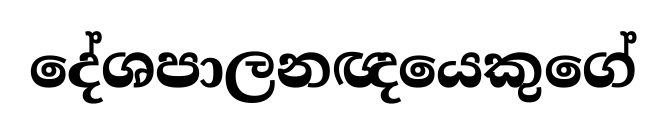
දේශපාලනඥයෙකුගේ